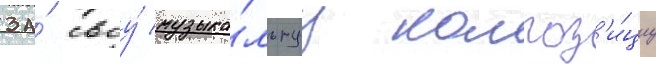
за́ своу́ музыка́льнуу композ'и́циу